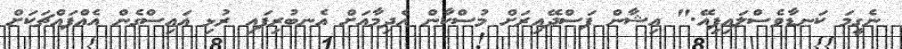
ނެގީމަ ކަނޑާވެސްލައިފިއޭ." އިޝާން ފަސްދޭއިރަށް މުސްކާން އެދިމާއަށް އެނބުރިފައި ރުޅި އައިސްގެން އެއްފައްޗަކަށް